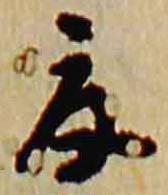
夏